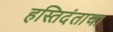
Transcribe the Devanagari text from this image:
हस्तिदंताचा